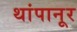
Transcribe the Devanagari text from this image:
थांपानूर